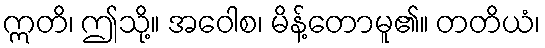
ဣတိ၊ ဤသို့။ အဝေါစ၊ မိန့်တောမူ၏။ တတိယံ၊